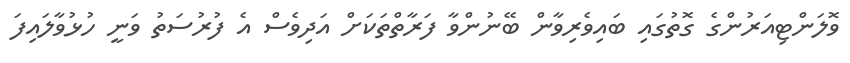
ވޮލަންޓިއަރުންގެ ގޮތުގައި ބައިވެރިވާން ބޭނުންވާ ފަރާތްތަކަށް އަދިވެސް އެ ފުރުސަތު ވަނީ ހުޅުވާލައިފަ